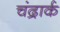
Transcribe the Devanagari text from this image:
चंद्रार्क